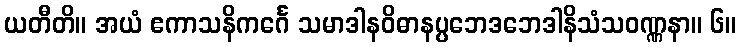
ယတီတိ။ အယံ ဧကာသနိကင်္ဂေ သမာဒါနဝိဓာနပ္ပဘေဒဘေဒါနိသံသဝဏ္ဏနာ။ ၆။